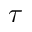
\boldsymbol { \tau }